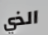
الذي